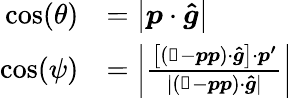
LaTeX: \begin{array}{rl}{\cos(\theta)}&{=\left|\boldsymbol{p}\cdot\boldsymbol{\hat{g}}\right|}\\ {\cos(\psi)}&{=\left|\frac{\left[\left(\mathbb{1}-\boldsymbol{p}\boldsymbol{p}\right)\cdot\boldsymbol{\hat{g}}\right]\cdot\boldsymbol{p^{\prime}}}{|\left(\mathbb{1}-\boldsymbol{p}\boldsymbol{p}\right)\cdot\boldsymbol{\hat{g}}|}\right|}\end{array}